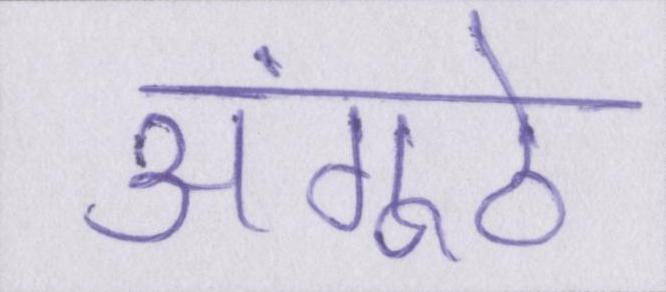
अंगूठे